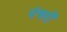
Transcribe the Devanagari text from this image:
पंचरों